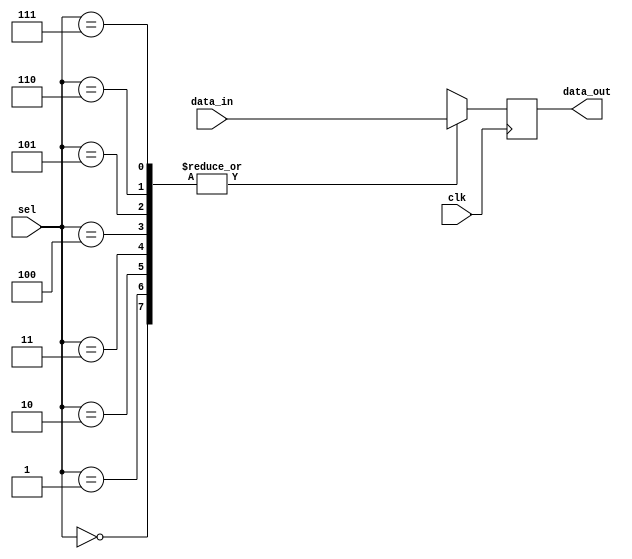
module io_mux_demux_buffer (
  input wire clk,
  input wire [2:0] sel,
  input wire [7:0] data_in,
  output wire [7:0] data_out
);

reg [7:0] buffer;

always @ (posedge clk) begin
  case(sel)
    3'b000: buffer <= data_in;
    3'b001: buffer <= data_in;
    3'b010: buffer <= data_in;
    3'b011: buffer <= data_in;
    3'b100: buffer <= data_in;
    3'b101: buffer <= data_in;
    3'b110: buffer <= data_in;
    3'b111: buffer <= data_in;
  endcase
end

assign data_out = buffer;

endmodule